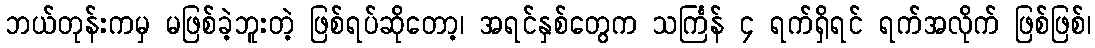
ဘယ်တုန်းကမှ မဖြစ်ခဲ့ဘူးတဲ့ ဖြစ်ရပ်ဆိုတော့၊ အရင်နှစ်တွေက သင်္ကြန် ၄ ရက်ရှိရင် ရက်အလိုက် ဖြစ်ဖြစ်၊